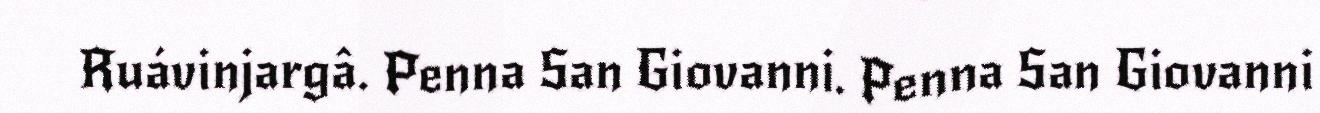
Ruávinjargâ. Penna San Giovanni. Penna San Giovanni